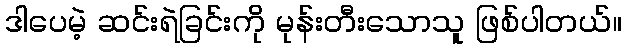
ဒါပေမဲ့ ဆင်းရဲခြင်းကို မုန်းတီးသောသူ ဖြစ်ပါတယ်။